Report of the King Institute of Preventive Medicine, Guindy
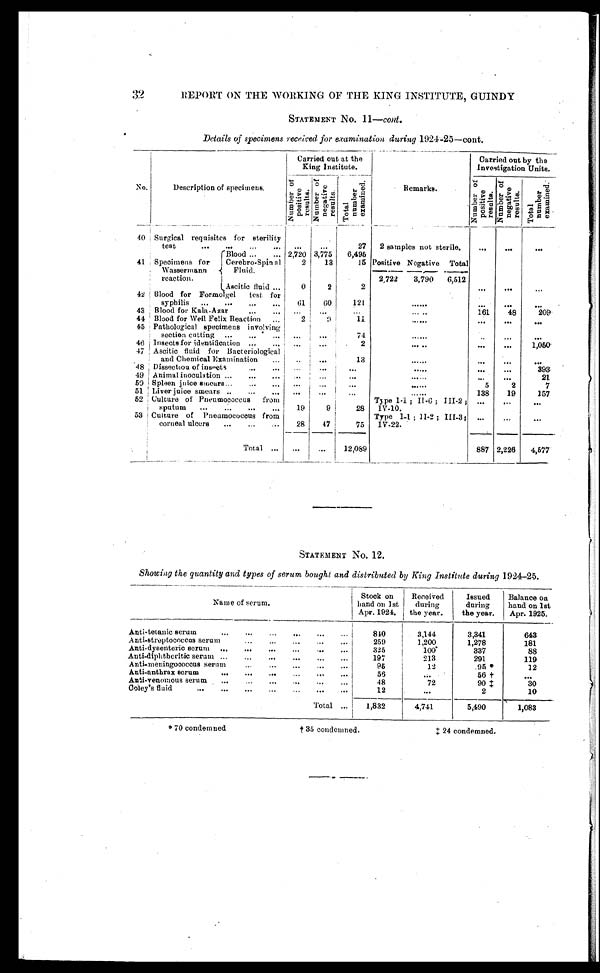
* 7 0 c o n d e m n e d
†35 condemned.
‡24 condemned.
32
REPORT ON THE WORKING OF THE KING INSTITUTE, GUINDY
STATEMENT No. 11— cont.
Details of specimens received for examination during 1924-25—cont.
No.
Description of specimens.
Carried out at the
King Institute.
Remarks.
Carried out by the
Investigation Units.
N u m b e r
o f
p o s i t i v e
r e s u l t s .
Number
of negative results.
Tot al
numbe r
e x a mi n e d .
N u m b e r o f p o s i t i v e r e s u l t s .
N u m b e r
o f
n e g a t i v er
e s u l t s .
T o t a l n u m b e r e x a m i n e d .
40
Surgical requisites for sterility
t e s t . . .
. . .
. . .
27
2 samples not sterile.
. . .
. . .
. . .
41
Specimens for
Wassermann
reaction.
B1ood . . .
2,720 3,775
6,495
Positive Negative
Total
. . .
. . .
. . .
13
15
2
Cerebro-Spinal
Fluid.
2,722
3,790
6,512
A s c i t i c f l u i d . . .
2
0
2
42
Blood for Formolgel test for
syphilis . . .
61
60
121
. . .
. . .
. . .
. . .
43
Blood for Kala-Azar . . .
. . .
. . .
. . .
. . .
161
48
209
44
Blood for Well Felix Reaction . . .
2
9
11
. . .
. . .
. . .
. . .
45
Pathological specimens involving
section cutting
. . .
. . .
. . .
74
. . .
. . .
. . .
. . .
46
Insects for identification . . .
. . .
. . .
2
. . .
. . .
. . .
1,050
47
Ascitic fluid for Bacteriological
and Chemical Examination
. . .
. . .
. . .
13
. . .
. . .
. . .
. . .
48
Dissection of insects
. . .
. . .
. . . . . .
. . .
. . .
. . .
393
49
Animal inoculation . . .
. . .
. . .
. . .
. . .
. . .
. . .
21
50
Spleen juice smears. . .
. . .
. . .
. . .
. . .
5
2
7
51
Liver juice smears . . .
. . .
. . .
. . .
. . .
138
19
157
52 Culture of Pneumococcus from
sputum
. . .
19
9
28
Type I-1; II-6; III-2;
IV-10.
. . .
. . .
. . .
53
Culture of Pneumococcus from
corneal ulcers . . .
28
47
75
Type 1-1; II-2; III-3;
IV-22.
. . .
. . .
. . .
Total . . .
. . .
. . .
12,089
887 2,226
4,577
STATEMENT No. 12.
Showing the quantity and types of serum bought and distributed by King Institute during 1924-25.
Name of serum.
Stock on
hand on 1st
Apr. 1924.
Received
during
the year.
Issued
during
the year.
Balance on
hand on 1st
Apr. 1925.
Anti-tetanic serum
. . .
840
3,144
3,341
643
A n t i - s t r e p t o c o c c u s s e r u m . . .
2 5 9
1,200
1,278
181
Anti-dysenteric serum
. . .
325
100°337
88
Anti-diphtheritic serum . . .
197
213
291
119
Anti-meningococcus serum. . .
9 5
12
95*
12
Anti-anthrax serum . . .
5 6
. . .
56 †
. . .
Anti-venomous serum
. . .
48
72
90 ‡
30
Coley's fluid
. . .
12
. . .
2
10
Total
. . .
1,832
4,741
5,490
1,083